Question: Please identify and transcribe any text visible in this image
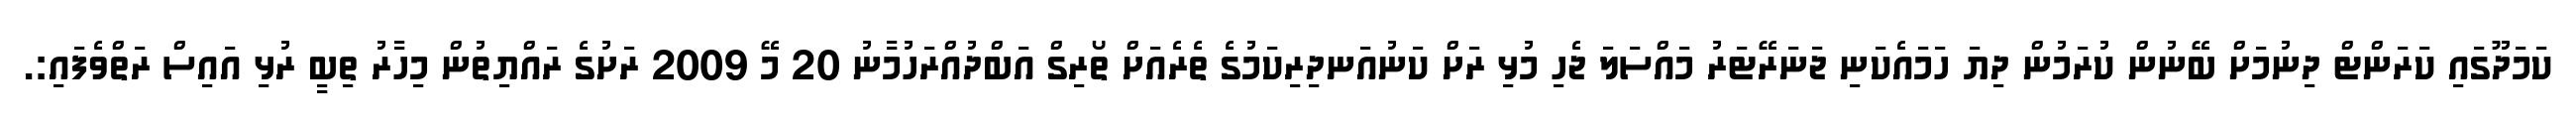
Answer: ކަމަދޫގައި ކަރަންޓް ދިނުމަށް ބޭނުން ކުރަމުން ދިޔަ ހަމައެކަނި ޖަނަރޭޓަރު މައްސަލަ ޖެހި މުޅި ރަށް ކަނުއަނދިރިކަމުގެ ތެރެއަށް ތޯރިގް އަބްދުއްރަހުމާނު 20 މޭ 2009 ރަށުގެ ރައްޔިތުން މިހާރު ތިބީ ރުޅި އައިސް ރަތްވެފައި:.